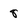
Character: 8